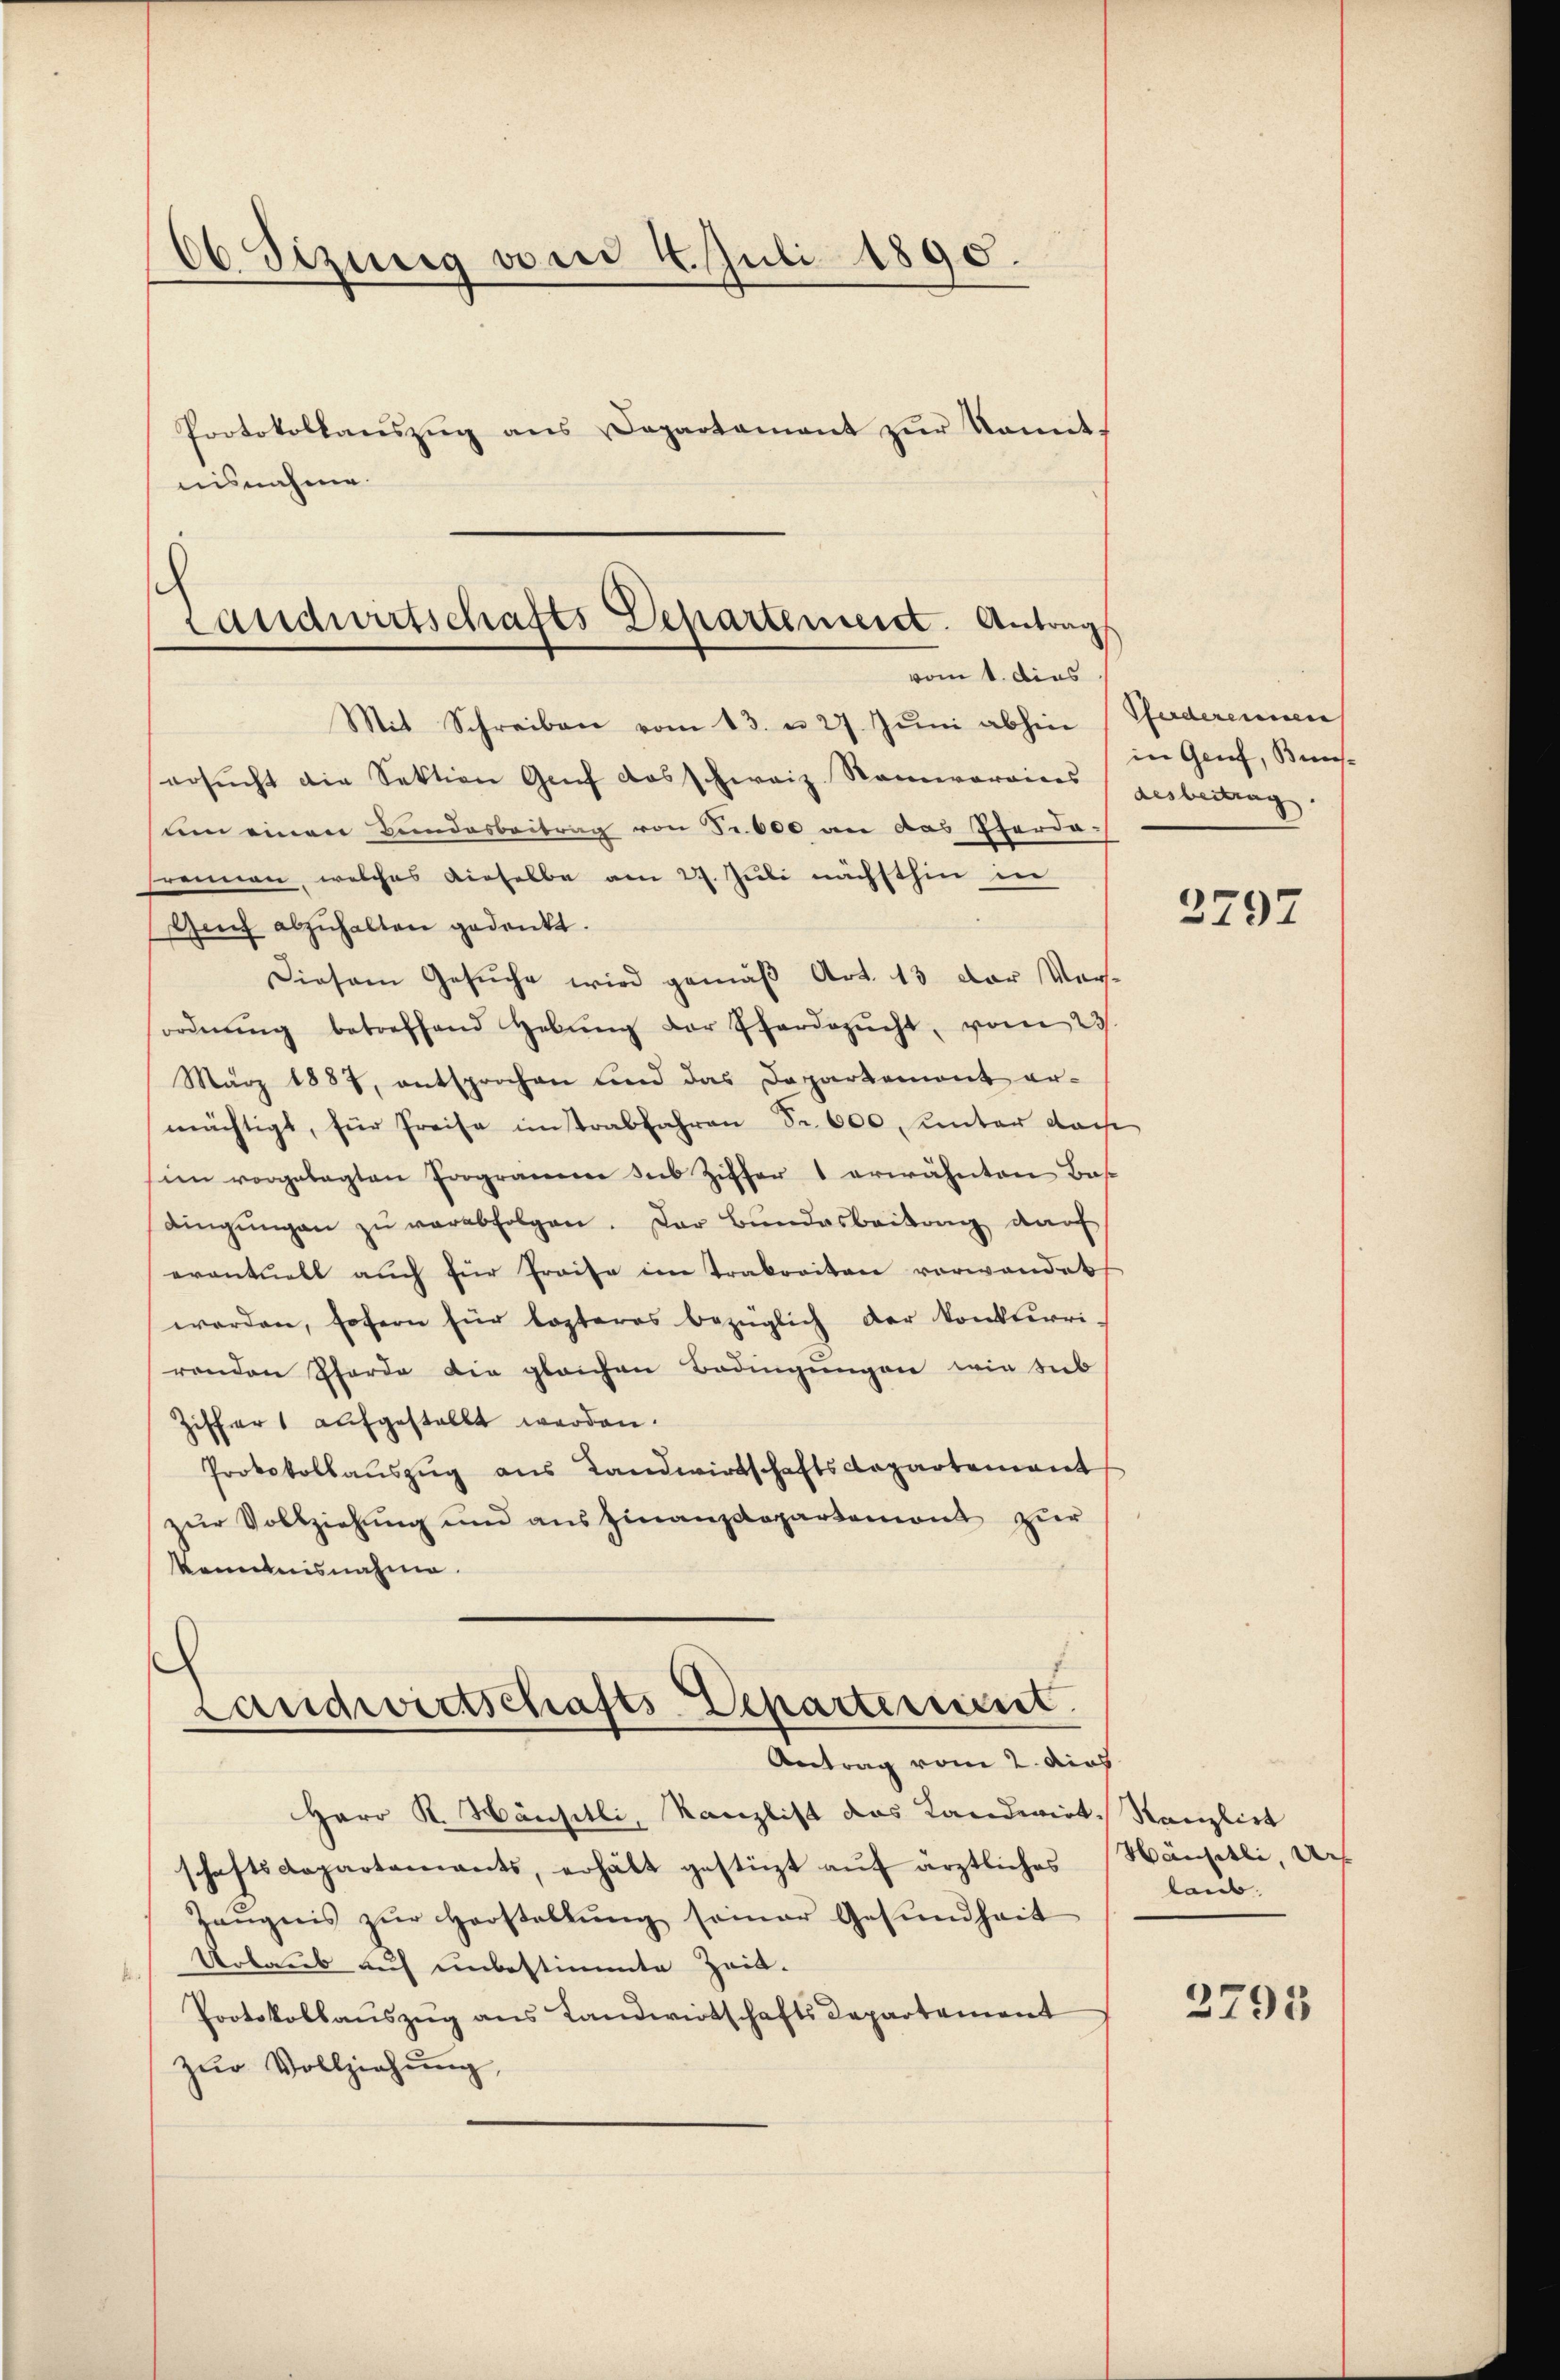
66 Sizung vom 4. Juli 1890.
Protokollanszŭg ans Departamant zŭr Komit
nisnahme.

Landwirtschafts Departement. Antrags
vom 1. dies
Mit Schreiben vom 13. u. 27. Jŭni abhin (Pferdereinan

ersucht die Sektion Genf das schweiz. Ramerarviers (gesbeitrag.
um einen Bundesbeitrag von Fr. 600 an das Pferda-
rennen, welches dieselbe am 27. Juli nächsthin in
Auch abzuhalten gedenkt.
Diesem Gesuche wird gemäß Art. 13 der Vorordnŭng betreffend Hebŭng der Phardozŭcht, vom 23
März 1884, entsprochen und das Departemont er-
mächtigt, für Freise instrabfahren Fr. 600 Unter dach
im vorgelegten Programme sub Ziffer 1 erwähnten Bas
dingŭngen zŭ verabfolgen. Der Bundesbeitung darf
eventuell auch für Preise im Trakoritar vorwandet
worden, sofern für lezteres bezüglich der konkurri-
renden Pferde die gleichen Bedingungen wie sieb
Ziffer aufgestellt werden.
Protokollaŭszŭg ans Landwirtschaftsdepartement
zur Vollziehung und aus Finanzdepartemont zur
kenntnisnahme.
c
Landwirtschafts-Departerient.
Antrag vom 2. dies
Herr K. Häuschli, Kanzlist das Landwirt, Kanzlist
schaftsdepartements, erhält gestüzt auf ärztliches Häusetli, Un¬
Zeŭgnis zŭr Herstellŭng seiner Gesŭndheit
Urlaub auf unbestimmte Zeit.
Protokollauszug aus Landwirtschafts Departement
zŭr Vollziehŭng,

in Genf, Bun¬

2797

laub.

2795